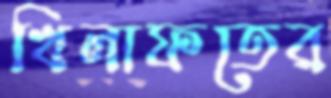
খিলাফতের